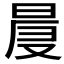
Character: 𣇗